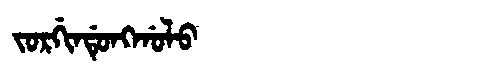
Manchu: ᠵᠣᡵᡤᡳᠨᡩᡠᠩᡤᠣᠯᠣ
Romanization: JORGINDUNGGOLO